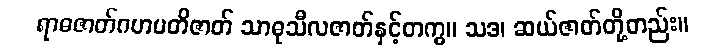
ရာဓဇာတ်ဂဟပတိဇာတ် သာဓုသီလဇာတ်နှင့်တကွ။ သဒ၊ ဆယ်ဇာတ်တို့တည်း။